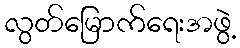
လွတ်မြောက်ရေးအဖွဲ့